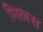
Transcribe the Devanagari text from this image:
गिलस